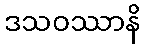
ဒသဝဿာနိ